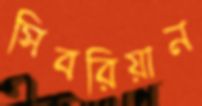
সিবরিয়ান